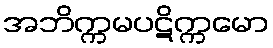
အဘိက္ကမပဋိက္ကမော